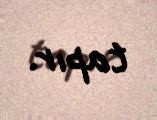
tapır.